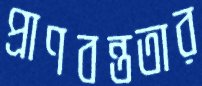
প্রাণবন্ততার